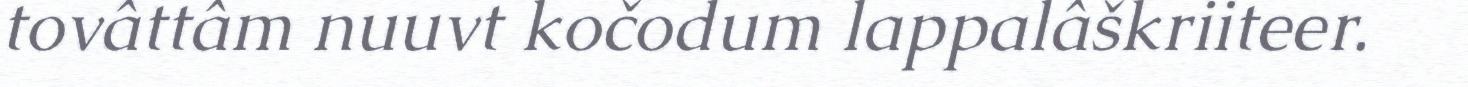
tovâttâm nuuvt kočodum lappalâškriiteer.